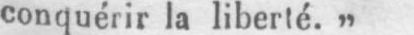
conquérir la liberté.„